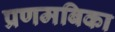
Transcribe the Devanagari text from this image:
प्रणमबिका